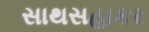
સાથસહાકર